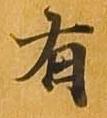
有